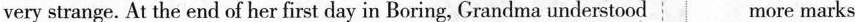
very strange. At the end of her first day in Boring, Grandma understood more marks